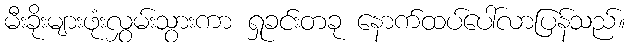
မီးခိုးများဖုံးလွှမ်းသွားကာ ရှုခင်းတခု နောက်ထပ်ပေါ်လာပြန်သည်။